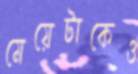
মেয়েটাকেও